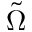
\tilde { \Omega }